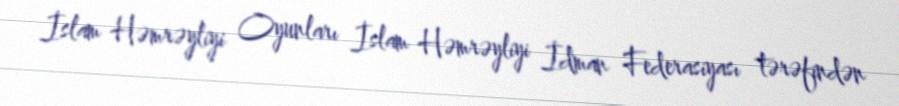
İslam Həmrəyliyi Oyunları İslam Həmrəyliyi İdman Federasiyası tərəfindən